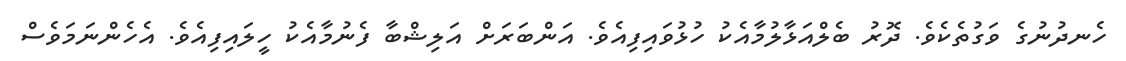
ހެނދުނުގެ ވަގުތެކެވެ. ދޮރު ބެލްއަޅާލުމާއެކު ހުޅުވައިފިއެވެ. އަންބަރަށް އަލިޝްބާ ފެނުމާއެކު ހީލައިފިއެވެ. އެހެންނަމަވެސް